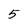
Character: 5